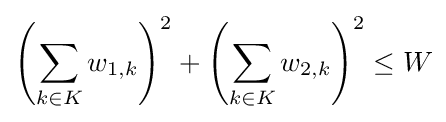
\left(\sum _{k\in K}w_{1,k}\right)^{2}+\left(\sum _{k\in K}w_{2,k}\right)^{2}\leq W